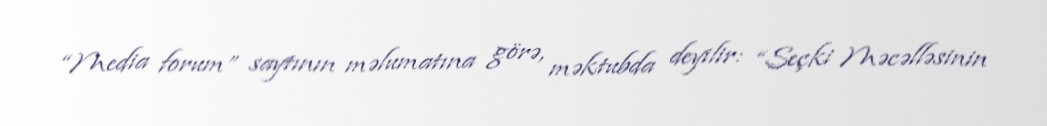
“Media forum” saytının məlumatına görə, məktubda deyilir: “Seçki Məcəlləsinin